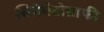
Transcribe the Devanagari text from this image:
सिनेमैटोग्राफी